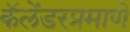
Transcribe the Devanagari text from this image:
कॅलेंडरप्रमाणे